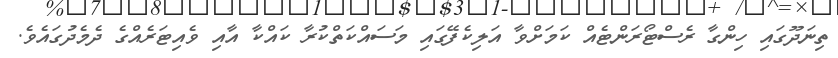
ތިނަދޫގައި ހިންގާ ރެސްޓޯރަންޓެއް ކަމަށްވާ އަލިކެފޭގައި މަސައްކަތްކުރާ ކައްކާ އާއި ވެއިޓަރެއްގެ ދެމެދުގައެވެ.